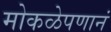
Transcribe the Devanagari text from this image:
मोकळेपणानं